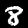
Label: 8